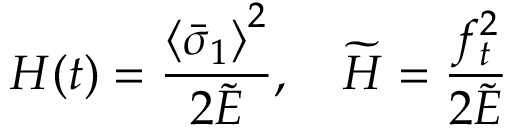
H ( t ) = \frac { \left\langle \bar { \sigma } _ { 1 } \right\rangle ^ { 2 } } { 2 \widetilde { E } } , \quad \widetilde { H } = \frac { f _ { t } ^ { 2 } } { 2 \widetilde { E } }